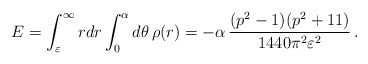
\begin{align*} E=\int_{\varepsilon}^{\infty}rdr\int_0^\alpha d\theta \, \rho(r)=- \alpha\,\frac{(p^2-1)(p^2+11)}{1440\pi^2\varepsilon^2}\,.\end{align*}